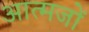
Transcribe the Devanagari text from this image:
आत्मजों